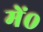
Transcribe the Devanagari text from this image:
में०